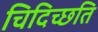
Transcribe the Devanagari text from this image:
चिदिच्छति